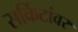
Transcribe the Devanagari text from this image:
सर्किटांवर